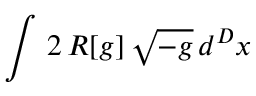
\int \, 2 \, R [ g ] \, \sqrt { - g } \, d ^ { D } x